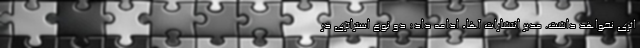
اثری نخواهد داشت. مدیر انتشارات آها، ادامه داد: دو نوع استراتژی در